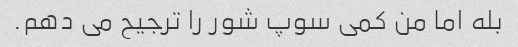
بله اما من کمی سوپ شور را ترجیح می دهم.